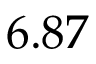
6 . 8 7